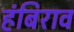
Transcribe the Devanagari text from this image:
हंबिराव